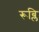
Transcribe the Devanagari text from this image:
रूब्लि